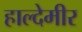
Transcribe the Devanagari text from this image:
हाल्देमीर